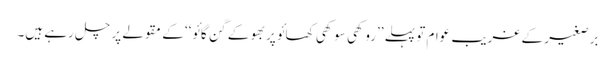
برصغیر کے غریب عوام تو پہلے ’’روکھی سوکھی کھائو پربھو کے گن گائو‘‘ کے مقولے پر چل رہے ہیں۔